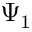
\Psi _ { 1 }